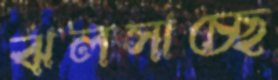
ঝলসাচ্ছে